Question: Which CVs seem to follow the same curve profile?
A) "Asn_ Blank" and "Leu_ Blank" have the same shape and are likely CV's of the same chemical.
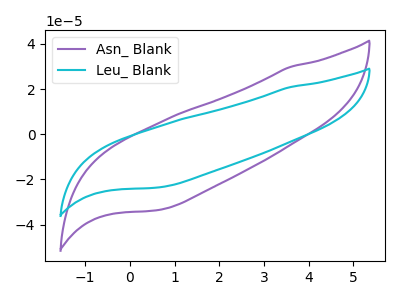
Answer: <think>The purple curve "Asn_ Blank" has no peaks. The cyan curve "Leu_ Blank" has no peaks.
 Neither "Asn_ Blank" or "Leu_ Blank" have any peaks.</think>
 <answer>A) "Asn_ Blank" and "Leu_ Blank" have the same shape and are likely CV's of the same chemical.</answer>
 <eval>A</eval>